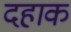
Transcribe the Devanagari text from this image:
दहाक